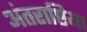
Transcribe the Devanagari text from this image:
अंतराष्टिया